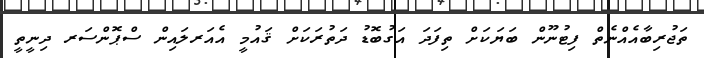
ތަޖުރިބާއެއްނެތް ފިޓުނޫން ބަޔަކަށް ތިފަދަ އަގުބޮޑު ދަތުރަކަށް ޤައުމީ އެއަރލައިން ސްޕޮންސަރ ދިނީތީ